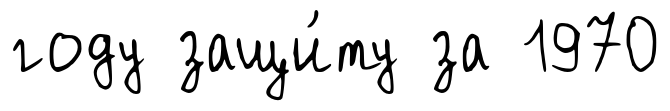
году защи́ту за 1970